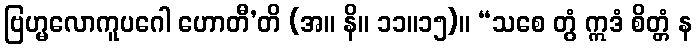
ဗြဟ္မလောကူပဂေါ ဟောတီ’တိ (အ။ နိ။ ၁၁။၁၅)။ “သစေ တွံ ဣဒံ စိတ္တံ န